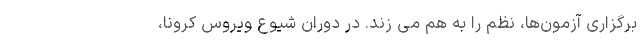
برگزاری آزمون‌ها، نظم را به هم می زند. در دوران شیوع ویروس کرونا،